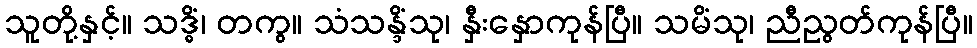
သူတို့နှင့်။ သဒ္ဓိံ၊ တကွ။ သံသန္ဒိံသု၊ နှီးနှောကုန်ပြီ။ သမိံသု၊ ညီညွတ်ကုန်ပြီ။